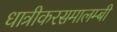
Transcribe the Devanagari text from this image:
धात्रीकरसमालम्बी